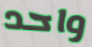
واحد